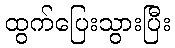
ထွက်ပြေးသွားပြီး